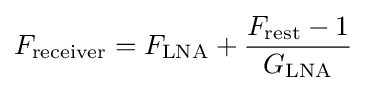
F_{\mathrm {receiver} }=F_{\mathrm {LNA} }+{\frac {F_{\mathrm {rest} }-1}{G_{\mathrm {LNA} }}}